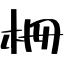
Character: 柵